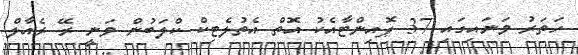
ހަތަރު ވަނައިގައި 37 ޕޮއިންޓާއެކު އޮތް އެތުލެޓިކް ކްލަބުން ވަނީ ރޭ ރެއާލް